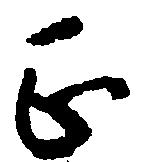
正